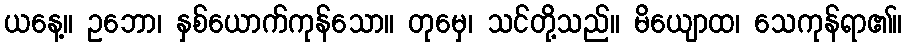
ယနေ့။ ဥဘော၊ နှစ်ယောက်ကုန်သော။ တုမှေ၊ သင်တို့သည်။ မိယျောထ၊ သေကုန်ရာ၏။